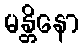
မန္တိနော